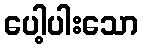
ပေါ့ပါးသော